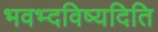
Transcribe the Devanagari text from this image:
भवभ्दविष्यदिति